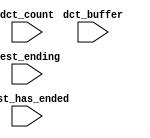
module lab9_soc_nios2_qsys_0_oci_test_bench (
                                              // inputs:
                                               dct_buffer,
                                               dct_count,
                                               test_ending,
                                               test_has_ended
                                            )
;

  input   [ 29: 0] dct_buffer;
  input   [  3: 0] dct_count;
  input            test_ending;
  input            test_has_ended;


endmodule